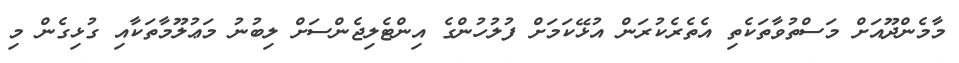
މާމެންދޫއަށް މަސްތުވާތަކެތި އެތެރެކުރަން އުޅޭކަމަށް ފުލުހުންގެ އިންޓެލިޖެންސަށް ލިބުނު މަޢުލޫމާތަކާއި ގުޅިގެން މި